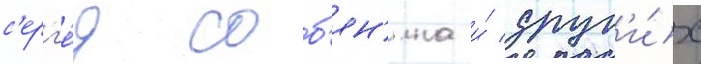
с'ерг'е́я соб'ян'ина и́ друг'и́х